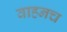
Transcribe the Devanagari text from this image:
वाहनच